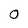
Character: 0